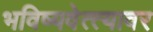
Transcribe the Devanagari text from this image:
भविष्यवेत्त्यावर